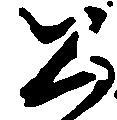
公